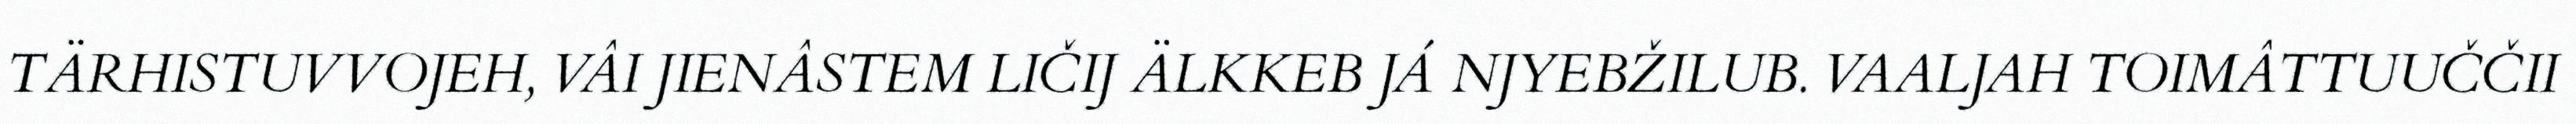
TÄRHISTUVVOJEH, VÂI JIENÂSTEM LIČIJ ÄLKKEB JÁ NJYEBŽILUB. VAALJAH TOIMÂTTUUČČII